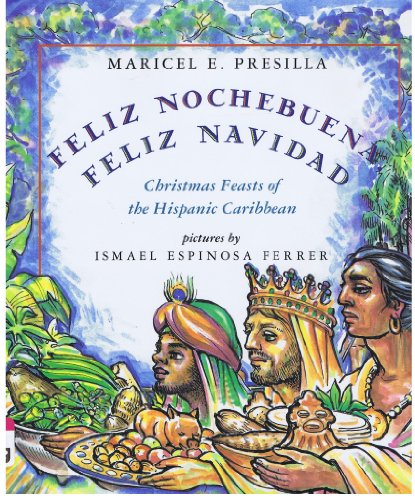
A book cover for Feliz Nochebuena, Feliz Navidad: Christmas Feasts of the Hispanic Caribbean; Maricel E. Presilla; Children's Books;